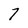
Character: 7